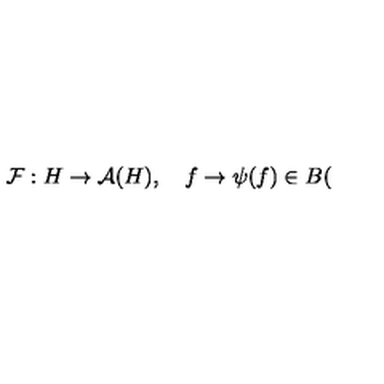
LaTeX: \mathcal { F } : H \rightarrow \mathcal { A } ( H ) , \quad f \rightarrow \psi ( f ) \in B (